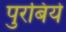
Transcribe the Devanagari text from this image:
पुरबिये